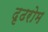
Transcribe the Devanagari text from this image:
दृढरोम